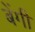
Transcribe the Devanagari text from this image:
बेंगी